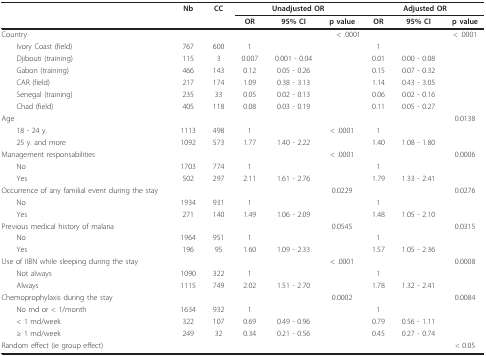
<table><thead><tr><td></td><td><b>Nb</b></td><td><b>CC</b></td><td colspan="3"><b>Unadjusted OR</b></td><td colspan="3"><b>Adjusted OR</b></td></tr><tr><td></td><td></td><td></td><td><b>OR</b></td><td><b>95% CI</b></td><td><b>p value</b></td><td><b>OR</b></td><td><b>95% CI</b></td><td><b>p value</b></td></tr></thead><tbody><tr><td>Country</td><td></td><td></td><td></td><td></td><td>&lt; .0001</td><td></td><td></td><td>&lt; .0001</td></tr><tr><td> Ivory Coast (field)</td><td>767</td><td>600</td><td>1</td><td></td><td></td><td>1</td><td></td><td></td></tr><tr><td> Djibouti (training)</td><td>115</td><td>3</td><td>0.007</td><td>0.001 - 0.04</td><td></td><td>0.01</td><td>0.00 - 0.08</td><td></td></tr><tr><td> Gabon (training)</td><td>466</td><td>143</td><td>0.12</td><td>0.05 - 0.26</td><td></td><td>0.15</td><td>0.07 - 0.32</td><td></td></tr><tr><td> CAR (field)</td><td>217</td><td>174</td><td>1.09</td><td>0.38 - 3.13</td><td></td><td>1.14</td><td>0.43 - 3.05</td><td></td></tr><tr><td> Senegal (training)</td><td>235</td><td>33</td><td>0.05</td><td>0.02 - 0.13</td><td></td><td>0.06</td><td>0.02 - 0.16</td><td></td></tr><tr><td> Chad (field)</td><td>405</td><td>118</td><td>0.08</td><td>0.03 - 0.19</td><td></td><td>0.11</td><td>0.05 - 0.27</td><td></td></tr><tr><td>Age</td><td></td><td></td><td></td><td></td><td></td><td></td><td></td><td>0.0138</td></tr><tr><td> 18 - 24 y.</td><td>1113</td><td>498</td><td>1</td><td></td><td>&lt; .0001</td><td>1</td><td></td><td></td></tr><tr><td> 25 y. and more</td><td>1092</td><td>573</td><td>1.77</td><td>1.40 - 2.22</td><td></td><td>1.40</td><td>1.08 - 1.80</td><td></td></tr><tr><td>Management responsabilities</td><td></td><td></td><td></td><td></td><td>&lt; .0001</td><td></td><td></td><td>0.0006</td></tr><tr><td> No</td><td>1703</td><td>774</td><td>1</td><td></td><td></td><td>1</td><td></td><td></td></tr><tr><td> Yes</td><td>502</td><td>297</td><td>2.11</td><td>1.61 - 2.76</td><td></td><td>1.79</td><td>1.33 - 2.41</td><td></td></tr><tr><td>Occurrence of any familial event during the stay</td><td></td><td></td><td></td><td></td><td>0.0229</td><td></td><td></td><td>0.0276</td></tr><tr><td> No</td><td>1934</td><td>931</td><td>1</td><td></td><td></td><td>1</td><td></td><td></td></tr><tr><td> Yes</td><td>271</td><td>140</td><td>1.49</td><td>1.06 - 2.09</td><td></td><td>1.48</td><td>1.05 - 2.10</td><td></td></tr><tr><td>Previous medical history of malaria</td><td></td><td></td><td></td><td></td><td>0.0545</td><td></td><td></td><td>0.0315</td></tr><tr><td> No</td><td>1964</td><td>951</td><td>1</td><td></td><td></td><td>1</td><td></td><td></td></tr><tr><td> Yes</td><td>196</td><td>95</td><td>1.60</td><td>1.09 - 2.33</td><td></td><td>1.57</td><td>1.05 - 2.36</td><td></td></tr><tr><td>Use of IIBN while sleeping during the stay</td><td></td><td></td><td></td><td></td><td>&lt; .0001</td><td></td><td></td><td>0.0008</td></tr><tr><td> Not always</td><td>1090</td><td>322</td><td>1</td><td></td><td></td><td>1</td><td></td><td></td></tr><tr><td> Always</td><td>1115</td><td>749</td><td>2.02</td><td>1.51 - 2.70</td><td></td><td>1.78</td><td>1.32 - 2.41</td><td></td></tr><tr><td>Chemoprophylaxis during the stay</td><td></td><td></td><td></td><td></td><td>0.0002</td><td></td><td></td><td>0.0084</td></tr><tr><td> No md or &lt; 1/month</td><td>1634</td><td>932</td><td>1</td><td></td><td></td><td>1</td><td></td><td></td></tr><tr><td> &lt; 1 md/week</td><td>322</td><td>107</td><td>0.69</td><td>0.49 - 0.96</td><td></td><td>0.79</td><td>0.56 - 1.11</td><td></td></tr><tr><td> ≥ 1 md/week</td><td>249</td><td>32</td><td>0.34</td><td>0.21 - 0.56</td><td></td><td>0.45</td><td>0.27 - 0.74</td><td></td></tr><tr><td>Random effect (ie group effect)</td><td></td><td></td><td></td><td></td><td></td><td></td><td></td><td>&lt; 0.05</td></tr></tbody></table>